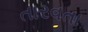
તારવતા